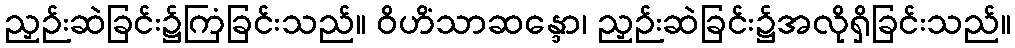
ညှဉ်းဆဲခြင်း၌ကြံခြင်းသည်။ ဝိဟိံသာဆန္ဒော၊ ညှဉ်းဆဲခြင်း၌အလိုရှိခြင်းသည်။